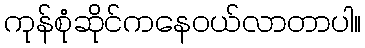
ကုန်စုံဆိုင်ကနေဝယ်လာတာပါ။